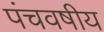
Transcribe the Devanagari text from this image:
पंचवषीय